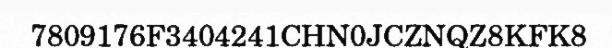
7809176F3404241CHN0JCZNQZ8KFK8